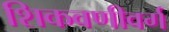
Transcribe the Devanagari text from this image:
शिकवणीवर्ग